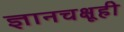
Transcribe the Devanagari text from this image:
ज्ञानचक्षूही